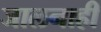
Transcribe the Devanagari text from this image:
जालनाही